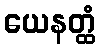
ယေနတ္ထံ